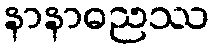
နာနာဓညဿ